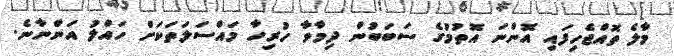
މާލެ ތޮއްޖެހިފައި އޮންނަ އޮތުމުގެ ސަބަބުން ދިމާވާ ހުރިހާ މައްސަލަތަކަށް ހައްލު އަންނާނެ.